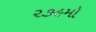
૨૭૯મો